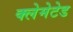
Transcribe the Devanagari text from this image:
क्लेमेटेड